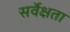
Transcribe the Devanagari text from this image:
सर्वेक्षता